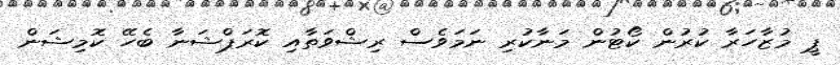
ޕީ މުޒާހަރާ ކުރުން ކޯޓުން މަނާކުރި ނަމަވެސް ރިޝްވަތާއި ކޮރަޕްޝަނާ ބެހޭ ކޮމިޝަން